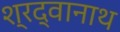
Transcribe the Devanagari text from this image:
श्रद्वानाथ